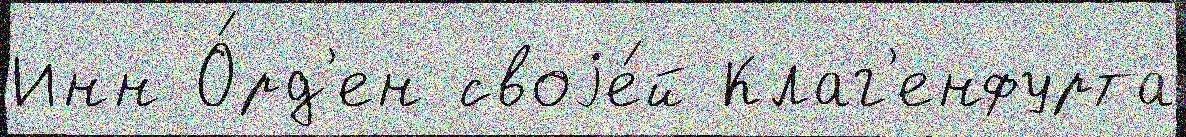
Инн О́рд'ен своjе́й Клаг'енфурта